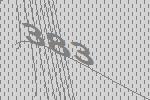
383